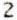
2